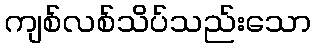
ကျစ်လစ်သိပ်သည်းသော